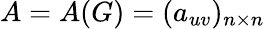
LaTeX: A=A(G)=(a_{uv})_{n\times n}